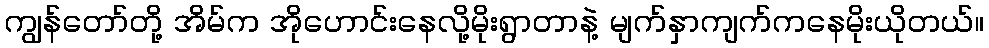
ကျွန်တော်တို့ အိမ်က အိုဟောင်းနေလို့မိုးရွာတာနဲ့ မျက်နှာကျက်ကနေမိုးယိုတယ်။